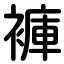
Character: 褲